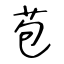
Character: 苞